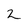
Character: 2